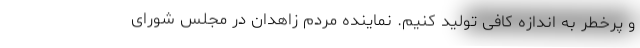
و پرخطر به اندازه کافی تولید کنیم. نماینده مردم زاهدان در مجلس شورای